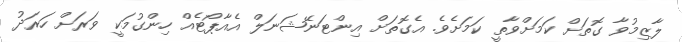
ލާޒިމުވާ ގޮޮތަށް ކަމަށްވާތީ ކަމަށެވެ. އެގޮތަށް އިންޓަނޭޝަނަލް އެއާޕޯޓެއް ހިންގުމަކީ ވަރަށް ހަރަދު